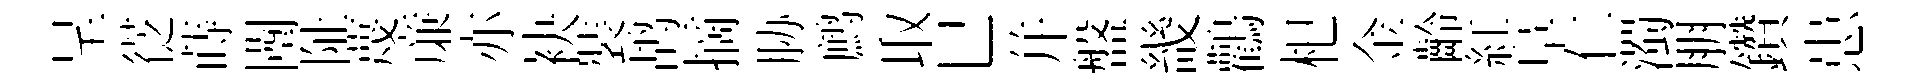
呈徔蒔闉阯蔑亷亦袂裝鸪摘胁鹧取巳幷盤畿鸛𣏌金齡紅阜仁濁朋鑽患